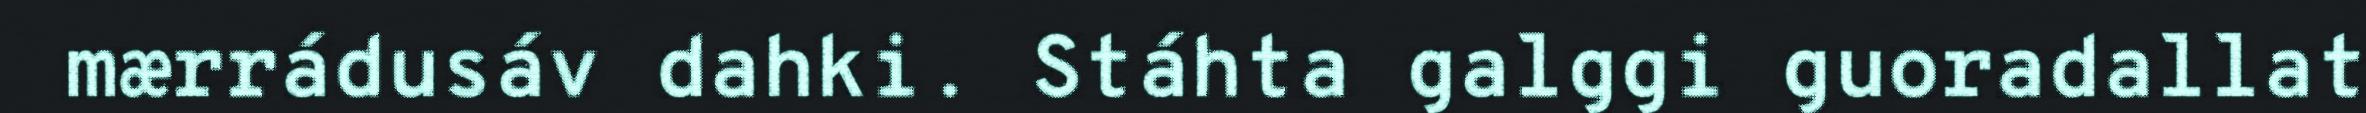
mærrádusáv dahki. Stáhta galggi guoradallat